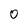
Character: 0